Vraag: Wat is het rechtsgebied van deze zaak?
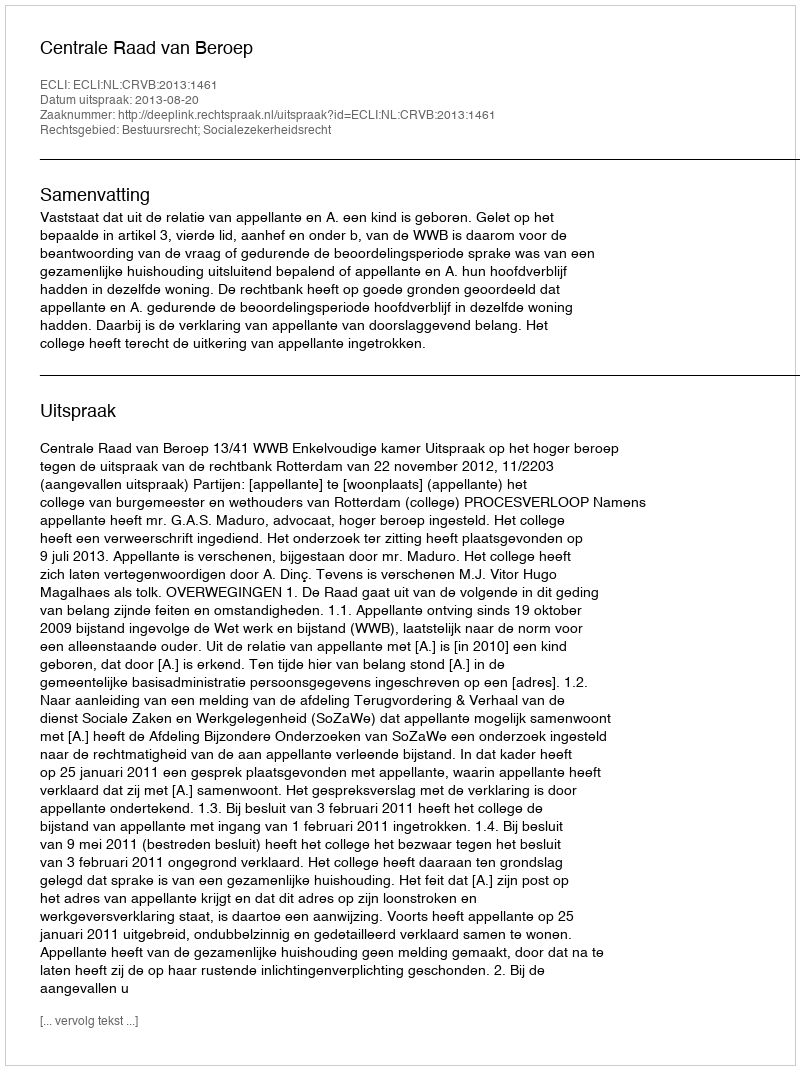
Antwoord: Bestuursrecht; Socialezekerheidsrecht